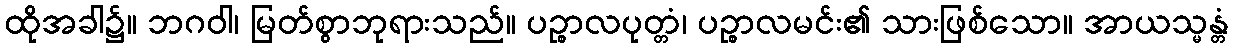
ထိုအခါ၌။ ဘဂဝါ၊ မြတ်စွာဘုရားသည်။ ပဉ္စာလပုတ္တံ၊ ပဉ္စာလမင်း၏ သားဖြစ်သော။ အာယသ္မန္တံ